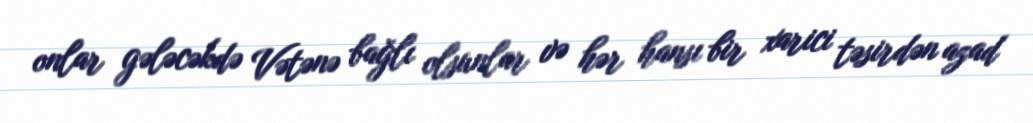
onlar gələcəkdə Vətənə bağlı olsunlar və hər hansı bir xarici təsirdən azad